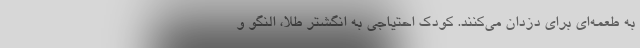
به طعمه‌ای برای دزدان می‌کنند. کودک احتیاجی به انگشتر طلا، النگو و